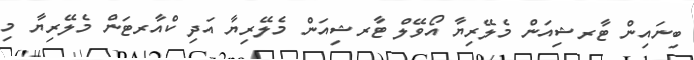
ބިނައިން ޓާރޝިއަން މެލޭރިޔާ އޯވޭލް ޓާރޝިއަން މެލޭރިޔާ އަދި ކްއާރޓަން މެލޭރިޔާ މި